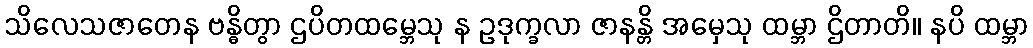
သိလေသဇာတေန ဗန္ဓိတွာ ဌပိတထမ္ဘေသု န ဥဒုက္ခလာ ဇာနန္တိ အမှေသု ထမ္ဘာ ဌိတာတိ။ နပိ ထမ္ဘာ